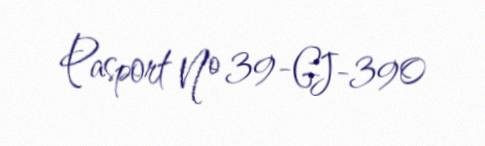
Pasport № 39-GJ-390